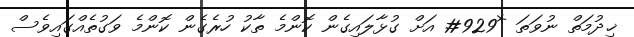
ޚިދުމަތް ނުވަތަ *929# އަށް ގުޅާލައިގެން ކޮންމެ ތާކު ހުރެގެން ކޮންމެ ވަގުތެއްގައިވެސް